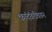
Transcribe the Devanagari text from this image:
कांदंबरीवरून